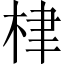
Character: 𣑵